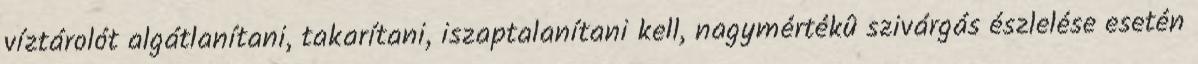
víztárolót algátlanítani, takarítani, iszaptalanítani kell, nagymértékû szivárgás észlelése esetén